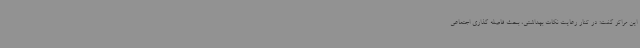
این مراکز گفت: در کنار رعایت نکات بهداشتی، بحث فاصله گذاری اجتماعی